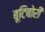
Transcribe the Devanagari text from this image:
बूटिबोरी